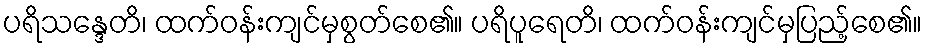
ပရိသန္ဒေတိ၊ ထက်ဝန်းကျင်မှစွတ်စေ၏။ ပရိပူရေတိ၊ ထက်ဝန်းကျင်မှပြည့်စေ၏။